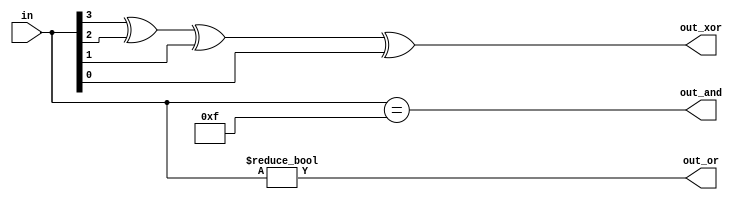
module top_module( 
    input [3:0] in,
    output out_and,
    output out_or,
    output out_xor
);

  assign out_and = (in[3:0] == 4'b1111); //logical AND of an array will lead to 1(true) only when all bits are 1
  assign out_or  = (in[3:0] != 4'b0);    //logical OR of an array will lead to 1(true) only when the whole in[3:0] is not zero
  assign out_xor = in[3]^in[2]^in[1]^in[0];
    
endmodule